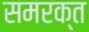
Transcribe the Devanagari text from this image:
समरक्त